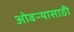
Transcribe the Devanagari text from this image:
ओवऱ्यासाठी